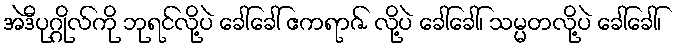
အဲဒီပုဂ္ဂိုလ်ကို ဘုရင်လို့ပဲ ခေါ်ခေါ် ဧကရာဇ် လို့ပဲ ခေါ်ခေါ်၊ သမ္မတလို့ပဲ ခေါ်ခေါ်၊